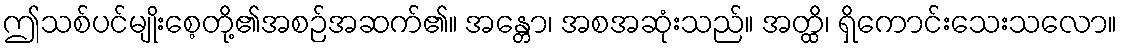
ဤသစ်ပင်မျိုးစေ့တို့၏အစဉ်အဆက်၏။ အန္တော၊ အစအဆုံးသည်။ အတ္ထိ၊ ရှိကောင်းသေးသလော။